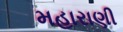
મહારાણી